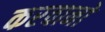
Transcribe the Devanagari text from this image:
करवानो